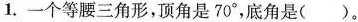
1.一个等腰三角形，顶角是70^{\circ}，底角是（ ）。